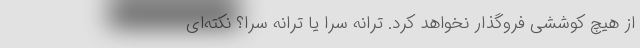
از هیچ کوششی فروگذار نخواهد کرد. ترانه سَرا یا ترانه سُرا؟ نکته‌ای